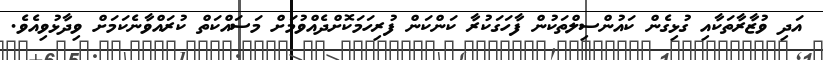
އަދި ވުޒާރާތަކާއި ގުޅިގެން ކައުންސިލްތަކުން ފާހަގަކުރާ ކަންކަން ފުރިހަމަކޮށްދެއްވުމަށް މަސައްކަތް ކުރައްވާނެކަމަށް ވިދާޅުވިއެވެ.